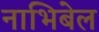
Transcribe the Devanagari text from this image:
नाभिबेल